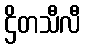
ဌိတသီလီ